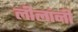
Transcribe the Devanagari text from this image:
लीलांनी